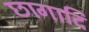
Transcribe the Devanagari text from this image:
छागादि